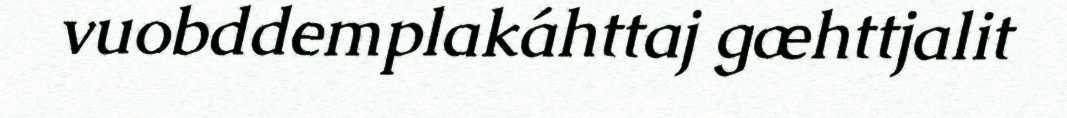
vuobddemplakáhttaj gæhttjalit